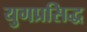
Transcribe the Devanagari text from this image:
युगप्रसिद्ध